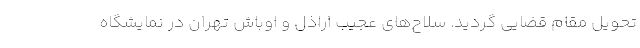
تحویل مقام قضایی گردید. سلاح‌های عجیب اراذل و اوباش تهران در نمایشگاه